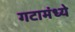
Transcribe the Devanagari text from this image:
गटामंध्ये